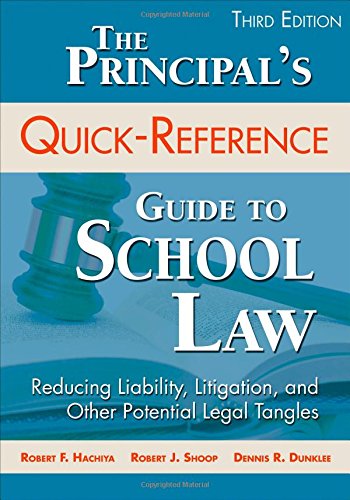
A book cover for The Principal's Quick-Reference Guide to School Law: Reducing Liability, Litigation, and Other Potential Legal Tangles; Robert F. Hachiya; Law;